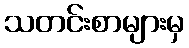
သတင်းစာများမှ